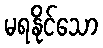
မရနိုင်သော